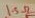
Text: 1.5Ω